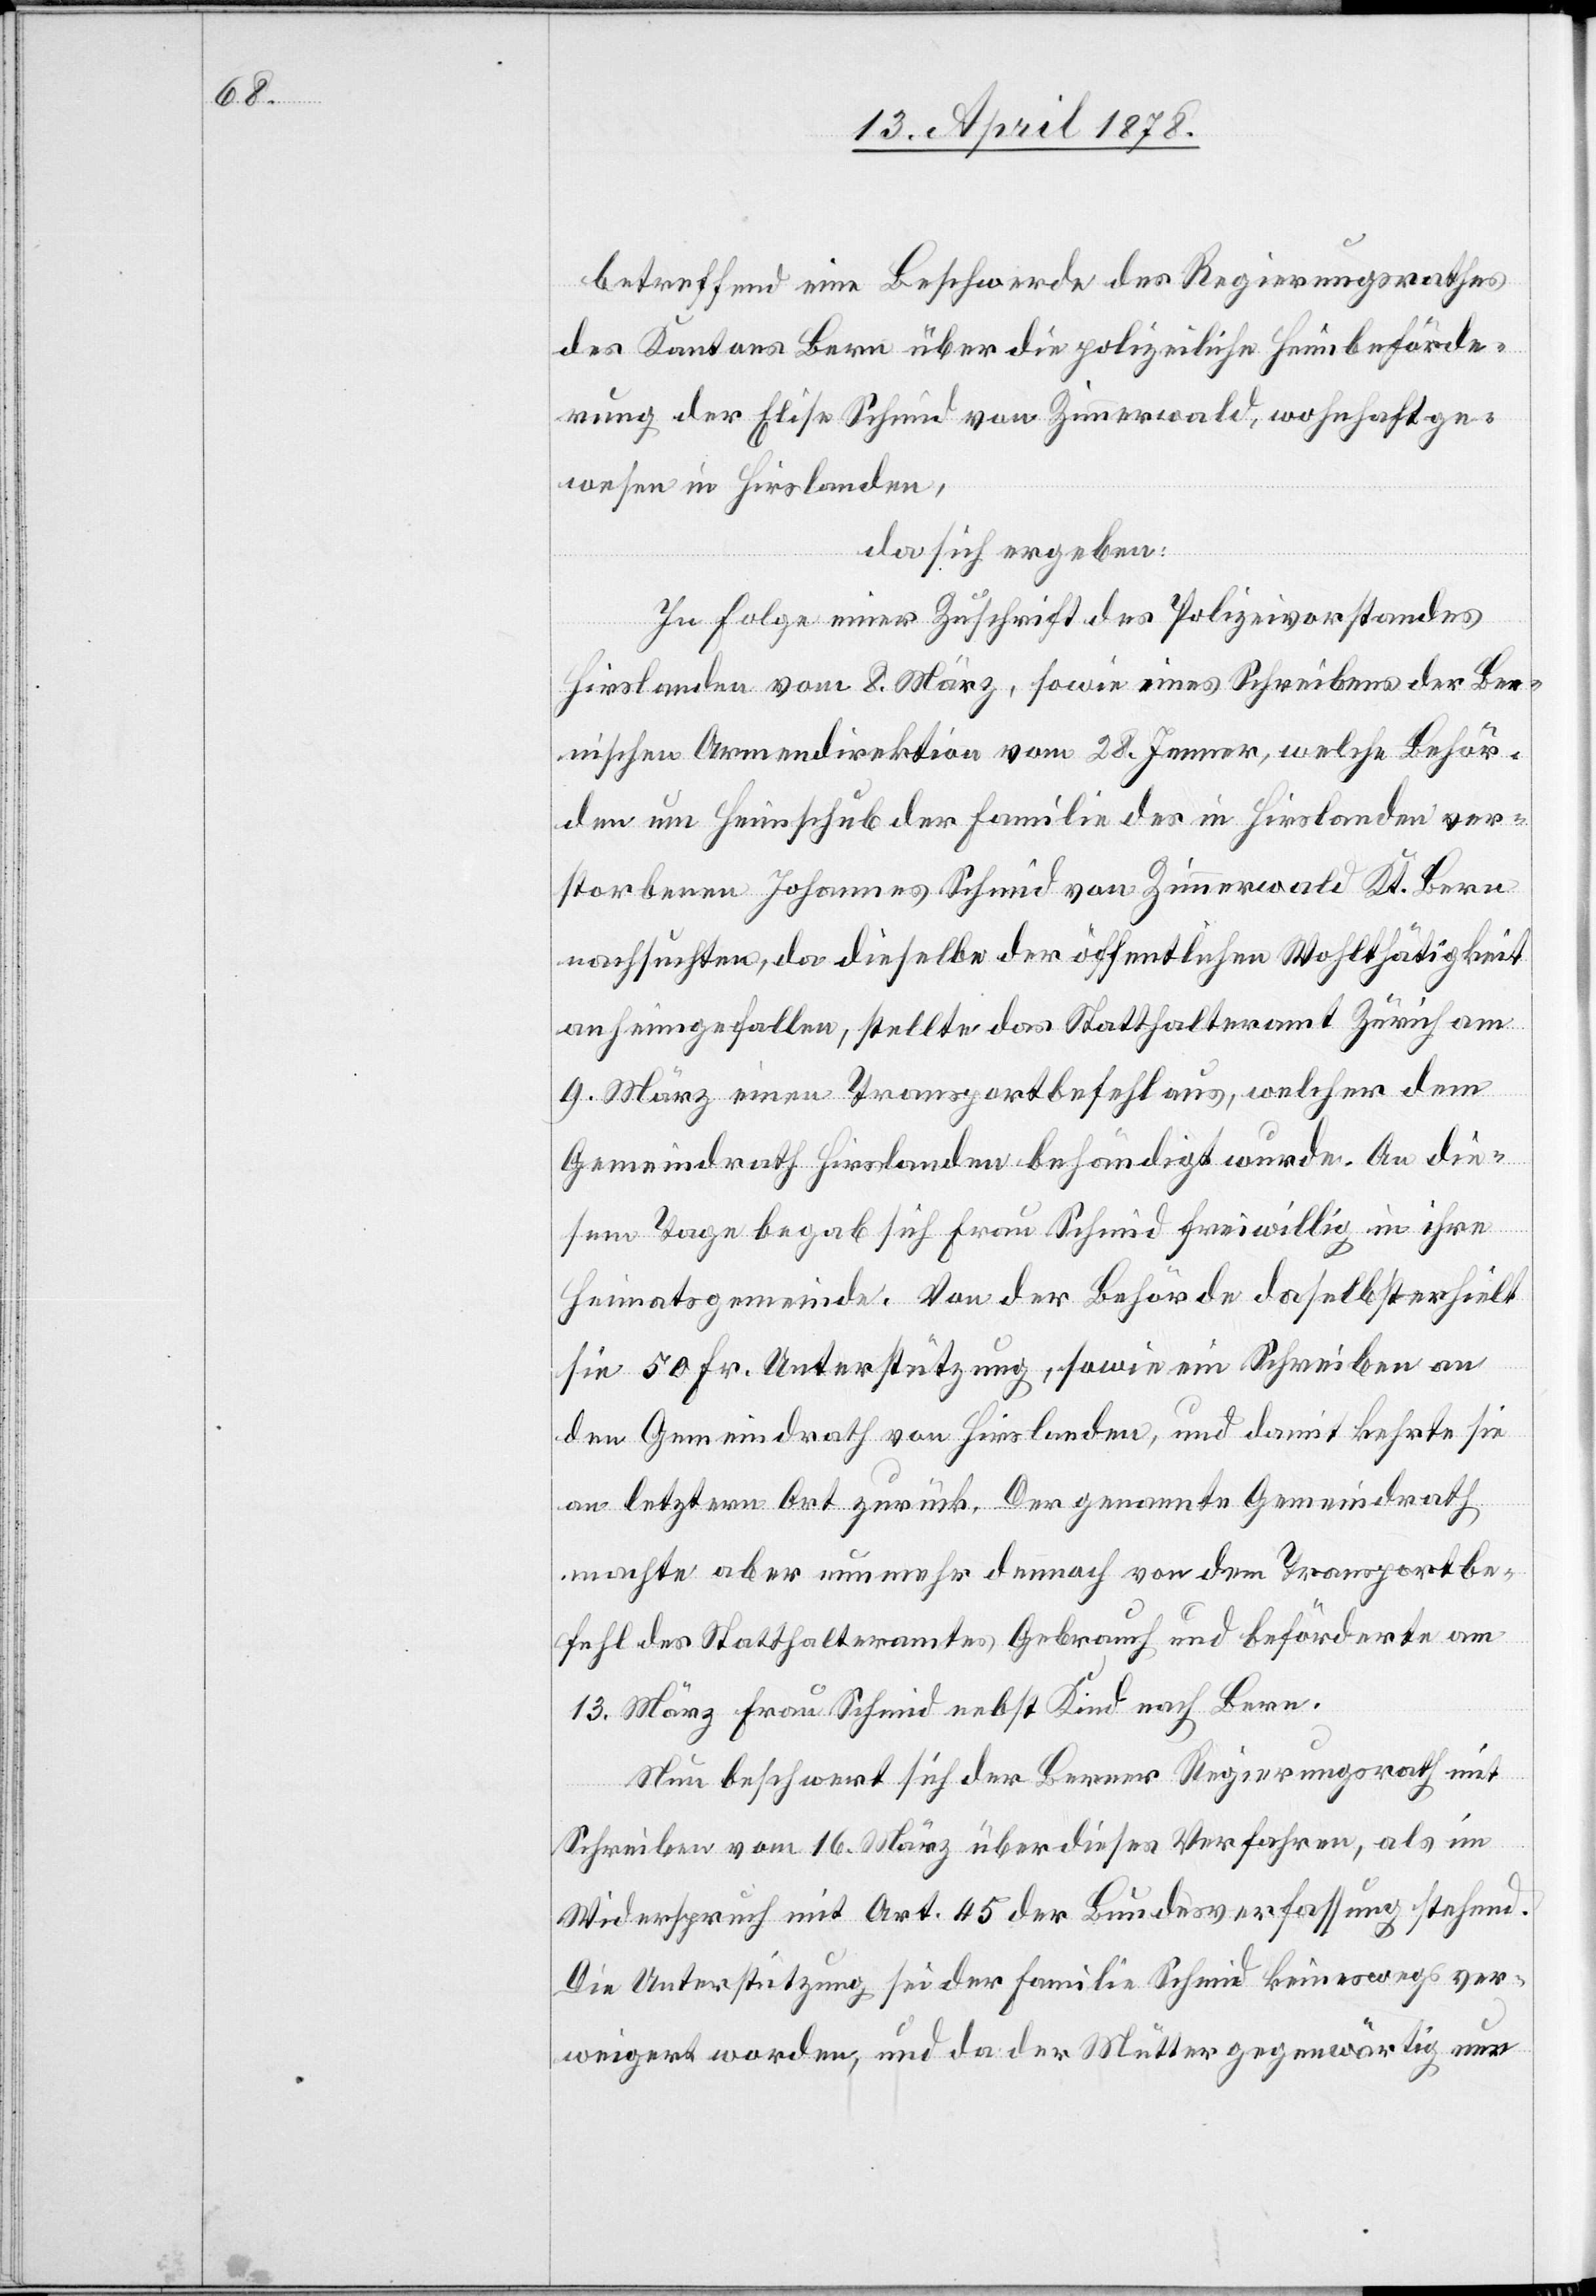
betreffend eine Beschwerde des Regierungsrathes
des Kantons Bern über die polizeiliche Heimbeförde¬
rung der Elise Schmid von Zimmerwald, wohnhaft ge¬
wesen in Hirslanden,
da sich ergeben:
In Folge einer Zuschrift des Polizeivorstandes
Hirslanden vom 8. März, sowie eines Schreibens der Ber¬
nischen Armendirektion vom 28. Jenner, welche Behör¬
den um Heimschub der Familie des in Hirslanden ver¬
storbenen Johannes Schmid von Zimmerwald Kt. Bern
nachsuchten, da dieselbe der öffentlichen Wohlthätigkeit
anheimgefallen, stellte das Statthalteramt Zürich am
9. März einen Transportbefehl aus, welcher dem
Gemeindrath Hirslanden behändigt wurde. An die¬
sem Tage begab sich Frau Schmid freiwillig in ihre
Heimatsgemeinde. Von der Behörde daselbst erhielt
sie 50 Fr. Unterstützung, sowie ein Schreiben an
den Gemeindrath von Hirslanden, und damit kehrte sie
an letztern Ort zurück. Der genannte Gemeindrath
machte aber nunmehr dennoch von dem Transportbe¬
fehl des Statthalteramtes Gebrauch und beförderte am
13. März Frau Schmid nebst Kind nach Bern.
Nun beschwert sich der Berner Regierungsrath mit
Schreiben vom 16. März über dieses Verfahren, als im
Widerspruch mit Art. 45 der Bundesverfassung stehend.
Die Unterstützung sei der Familie Schmid keineswegs ver¬
weigert worden, und da der Mutter gegenwärtig nur